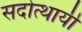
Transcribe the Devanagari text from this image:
सदोत्थायी